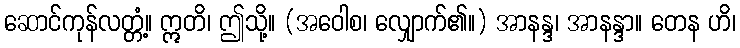
ဆောင်ကုန်လတ္တံ့။ ဣတိ၊ ဤသို့။ (အဝေါစ၊ လျှောက်၏။) အာနန္ဒ၊ အာနန္ဒာ။ တေန ဟိ၊